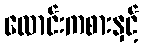
လောင်းကစားနှင့်